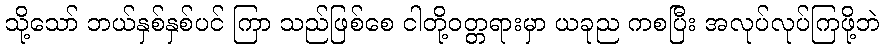
သို့သော် ဘယ်နှစ်နှစ်ပင် ကြာ သည်ဖြစ်စေ ငါတို့ဝတ္တရားမှာ ယခုည ကစပြီး အလုပ်လုပ်ကြဖို့ဘဲ